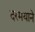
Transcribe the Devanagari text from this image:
दरमयाने